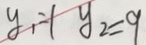
y _ { 1 } = 1 y _ { 2 } = 9